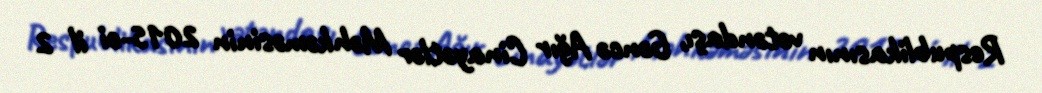
Respublikasının vətəndaşı, Gəncə Ağır Cinayətlər Məhkəməsinin 2015-ci il 2